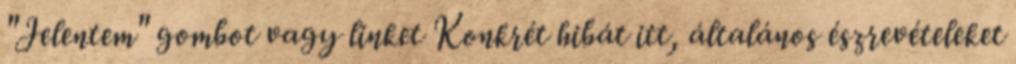
"Jelentem" gombot vagy linket Konkrét hibát itt, általános észrevételeket